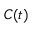
C ( t )